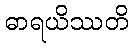
ဓာရယိဿတိ